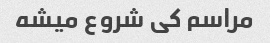
مراسم کی شروع میشه